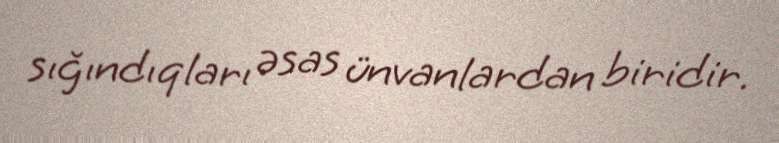
sığındıqları əsas ünvanlardan biridir.